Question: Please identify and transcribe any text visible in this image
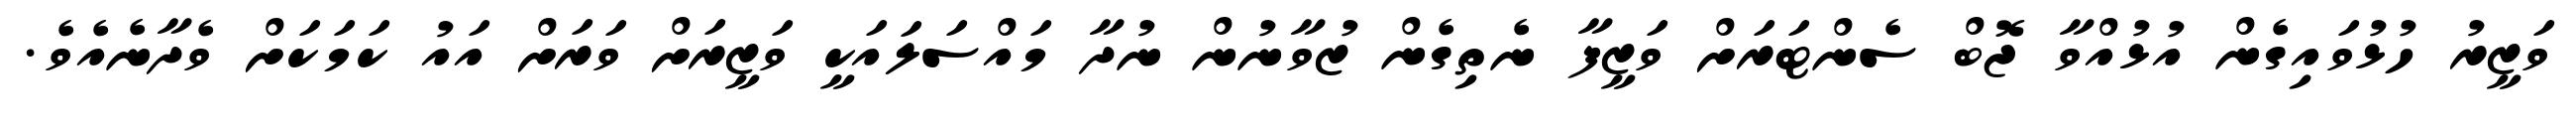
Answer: ވަޒީރު ހުޅުވައިގެން އުޅުއްވާ ޖޮބް ސެންޓަރަށް ވަޒީފާ ނެތިގެން ޒުވާނުން ނުދާ މައްސަލައަކީ ވަޒީރަށް ވަރަށް އައު ކަމަކަށް ވެދާނެއެވެ.